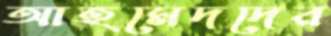
আহমেদদের